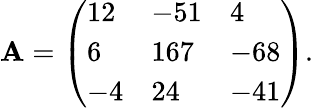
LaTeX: \mathbf{A}={\left(\begin{array}{lll}{12}&{-51}&{4}\\ {6}&{167}&{-68}\\ {-4}&{24}&{-41}\end{array}\right)}.